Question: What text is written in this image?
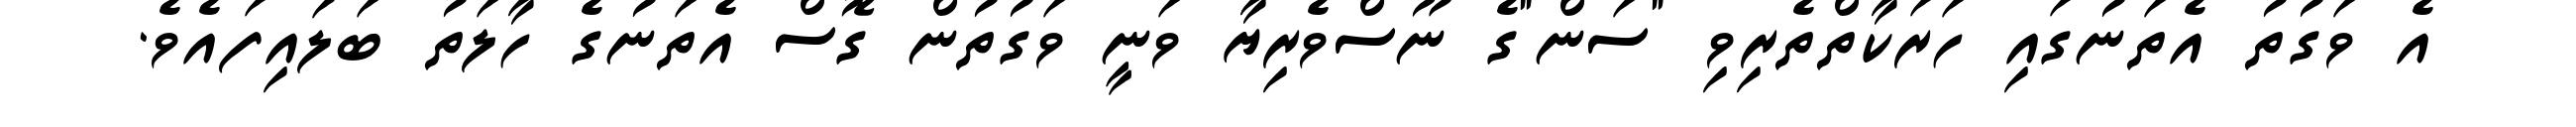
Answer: އެ ވަގުތު އެތަނުގައި ހަރަކާތްތެރިވި "ސަން"ގެ ނޫސްވެރިޔާ ވަނީ ވަގުތުން ގޮސް އެތަނުގެ ހާލަތު ބަލައިފައެވެ.